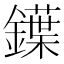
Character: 鐷